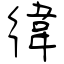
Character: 徫